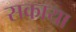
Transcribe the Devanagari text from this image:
सकाया